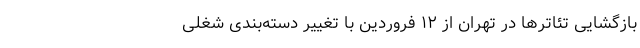
بازگشایی تئاتر‌ها در تهران از ۱۲ فروردین با تغییر دسته‌بندی شغلی